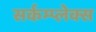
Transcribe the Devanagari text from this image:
सर्कम्प्लेक्स